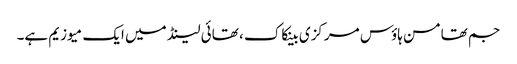
جم تھامسن ہاؤس مرکزی بینکاک ، تھائی لینڈ میں ایک میوزیم ہے۔